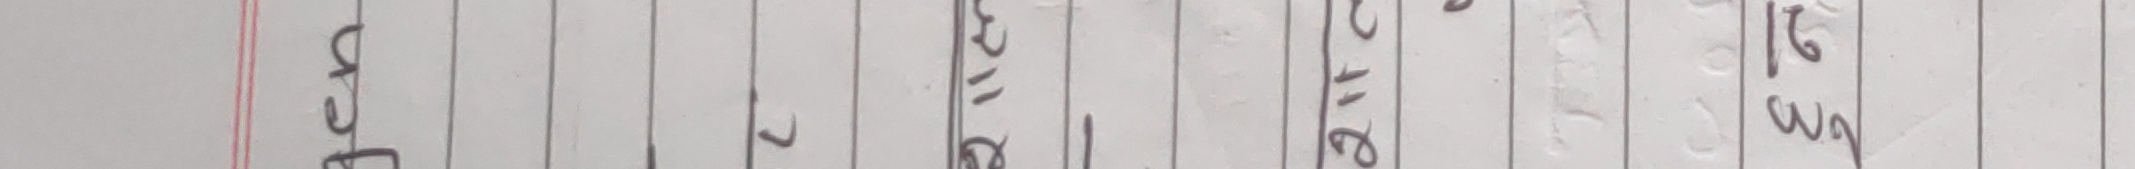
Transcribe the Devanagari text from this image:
बेचन
1
२०१७
20
६७